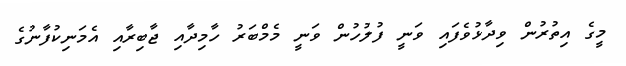
މީގެ އިތުރުން ވިދާޅުވެފައި ވަނީ ފުލުހުން ވަނީ މެމްބަރު ހާމިދާއި ޖާބިރާއި އެމަނިކުފާނުގެ